Vaccination in Bombay 1889-1901 - 1889-1901
Year: 1889
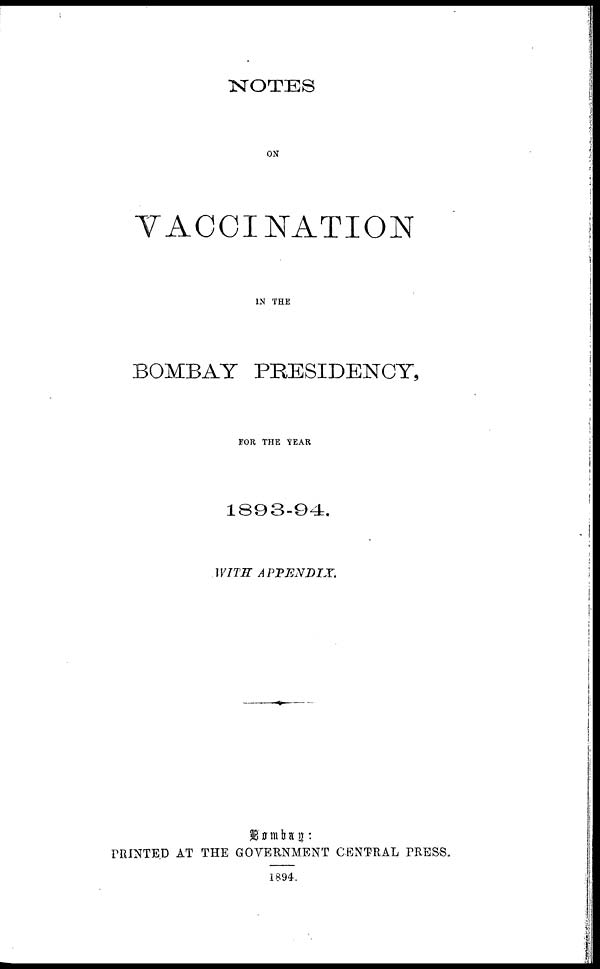
NOTES
ON
VACCINATION
IN THE
BOMBAY PRESIDENCY,
FOR THE YEAR
1893-94.
WITH APPENDIX.
PRINTED AT THE GOVERNMENT CENTRAL PRESS.
1894.